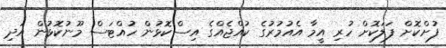
ފުށްކޮށް ފަލަކޮށް ހުރި އީމާ އެއުމުރުގެ ކުއްޖެއްގެ އިސްކޮޅުން ހުއްޓަސް މޫނުކޮޅުން އަދި